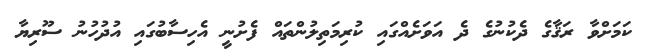
ކަމަށްވާ ރަޤާގެ ދެކުނުގެ ދެ އަވަށެއްގައި ކުރިމަތިލުންތައް ފެށުނީ އެހިސާބުގައި އުދުހުނު ސޫރިޔާ